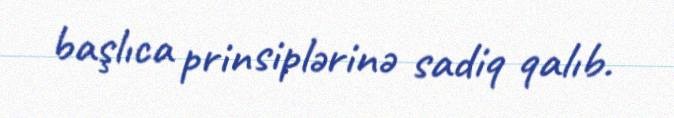
başlıca prinsiplərinə sadiq qalıb.